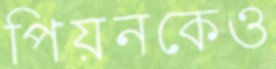
পিয়নকেও